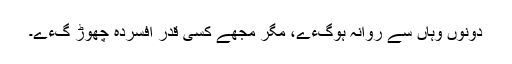
دونوں وہاں سے روانہ ہوگءے، مگر مجھے کسی قدر افسردہ چھوڑ گءے۔